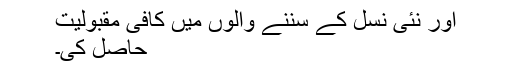
اور نئی نسل کے سننے والوں میں کافی مقبولیت
حاصل کی۔